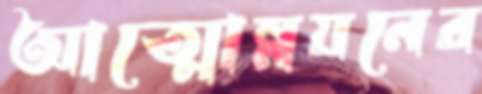
আত্মোন্নয়নের